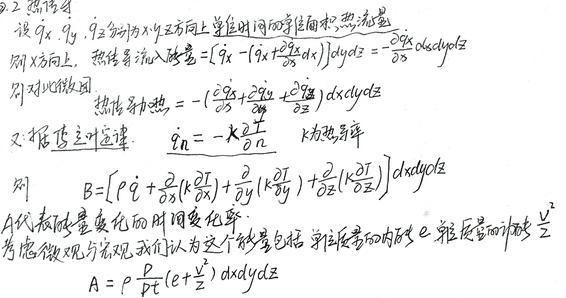
\textcircled{2} 2. 热传导设 \(q_x,q_y,q_z\) 分别为 \(x,y,z\) 方向上单位时间的单位面积热流量。

则 \(x\) 方向上，热传导流入热量 \([q_x - (q_x + \frac{\partial q_x}{\partial x}dx)]dydz = -\frac{\partial q_x}{\partial x}dxdydz\) 。

则对此微团，热传导加热 \(-(\frac{\partial q_x}{\partial x} + \frac{\partial q_y}{\partial y} + \frac{\partial q_z}{\partial z})dxdydz\) 。

又根据傅立叶定律 \(\dot{q}_n = -k\frac{\partial T}{\partial n}\)，\(k\) 为热导率。

则 \(B = [\rho\dot{q} + \frac{\partial}{\partial x}(k\frac{\partial T}{\partial x}) + \frac{\partial}{\partial y}(k\frac{\partial T}{\partial y}) + \frac{\partial}{\partial z}(k\frac{\partial T}{\partial z})]dxdydz\) 。

\(A\) 代表能量变化的时间变化率，考虑微观与宏观，我们认为这个能量包括单位质量的内能 \(e\) 、单位质量的动能 \(\frac{V^{2}}{2}\) ，\(A = \rho\frac{D}{Dt}(e + \frac{V^{2}}{2})dxdydz\) 。